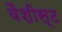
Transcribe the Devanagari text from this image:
वैशीस्ट